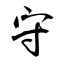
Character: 守